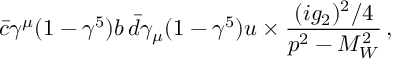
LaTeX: \bar { c } \gamma ^ { \mu } ( 1 - \gamma ^ { 5 } ) b \, \bar { d } \gamma _ { \mu } ( 1 - \gamma ^ { 5 } ) u \times { \frac { ( i g _ { 2 } ) ^ { 2 } / 4 } { p ^ { 2 } - M _ { W } ^ { 2 } } } \, ,